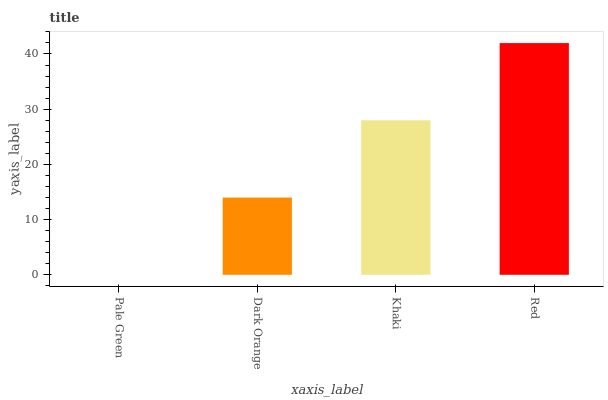
| xaxis_label | bars |
 | --- | --- |
 | Pale Green | 0 |
 | Dark Orange | 14 |
 | Khaki | 28 |
 | Red | 42 |